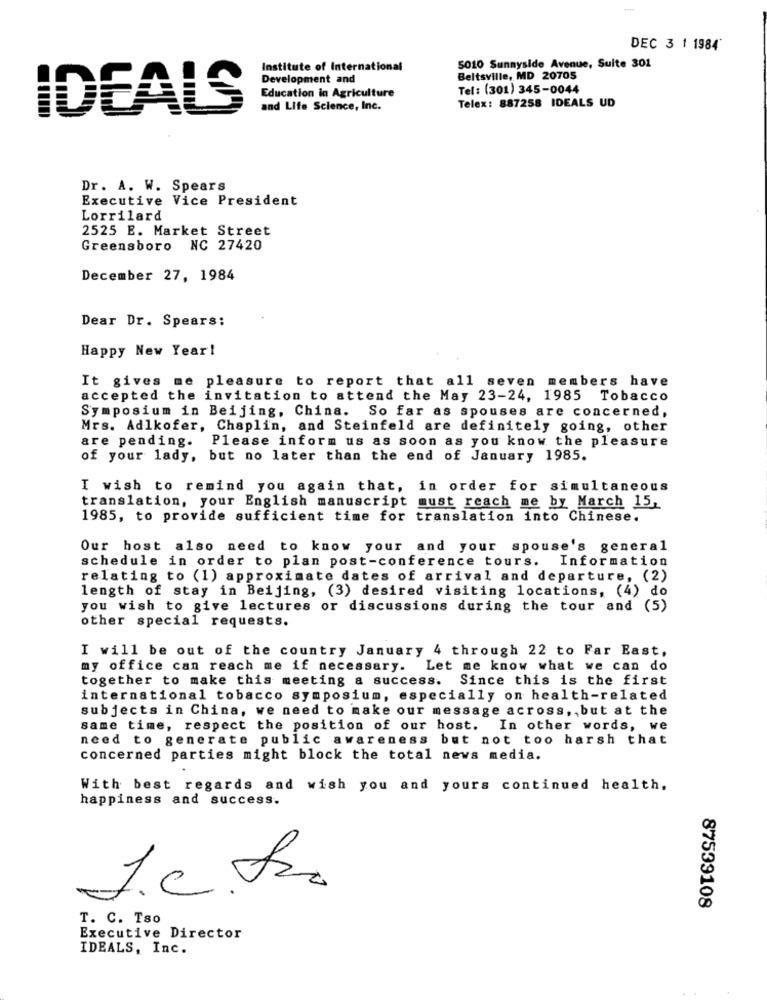
DEC 3 1 1984'
Institute of International
5010 Sunnyside Avenue, Suite 301
Development and
Beltsville, MD 20705
Education in Agriculture
Tel: (301) 345-0044
Telex: 887258 IDEALS UD
IDEALS
and Life Science, Inc.
Dr. A. W. Spears
Executive Vice President
Lorrilard
2525 E. Market Street
Greensboro NC 27420
December 27, 1984
Dear Dr. Spears:
Happy New Year!
It gives me pleasure to report that all seven members have
accepted the invitation to attend the May 23-24, 1985
Tobacco
Symposium in Beijing, China. So far as spouses are concerned,
Mrs. Adlkofer, Chaplin, and Steinfeld are definitely going, other
are pending. Please inform us as soon as you know the pleasure
of your lady, but no later than the end of January 1985.
I wish to remind you again that, in order for simultaneous
translation, your English manuscript must reach me by March 15,
1985, to provide sufficient time for translation into Chinese.
Our host also need to know your and your spouse's general
schedule in order to plan post-conference tours. Information
relating to (1) approximate dates of arrival and departure, (2)
length of stay in Beijing, (3) desired visiting locations, (4) do
you wish to give lectures or discussions during the tour and (5)
other special requests.
I will be out of the country January 4 through 22 to Far East,
my office can reach me if necessary.
Let me know what we can do
together to make this meeting a success. Since this is the first
international tobacco symposium, especially on health-related
subjects in China, we need to make our message across, , but at the
same time, respect the position of our host. In other words, we
need to generate public awareness but not too harsh that
concerned parties might block the total news media.
With best regards and wish you and yours continued health.
happiness and success.
1.c.fr.
87539108
T. C. Tso
Executive Director
IDEALS, Inc.